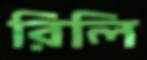
রিলি